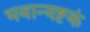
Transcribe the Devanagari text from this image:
भवान्यष्टकं